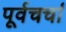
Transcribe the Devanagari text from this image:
पूर्वचर्चा